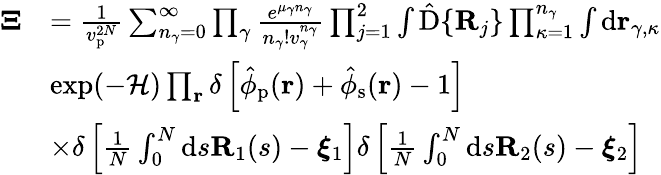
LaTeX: \begin{array}{rl}{\boldsymbol{\Xi}}&{=\frac{1}{v_{\mathrm{p}}^{2N}}\sum_{n_{\gamma}=0}^{\infty}\prod_{\gamma}\frac{e^{\mu_{\gamma}n_{\gamma}}}{n_{\gamma}!v_{\gamma}^{n_{\gamma}}}\prod_{j=1}^{2}\int\mathrm{\hat{D}}\{ \mathbf{R}_{j}\} \prod_{\kappa=1}^{n_{\gamma}}\int\mathrm{d}\mathbf{r}_{\gamma,\kappa}}\\ &{\exp(-\mathcal{H})\prod_{\mathbf{r}}\delta\left[\hat{\phi}_{\mathrm{p}}(\mathbf{r})+\hat{\phi}_{\mathrm{s}}(\mathbf{r})-1\right]}\\ &{\times\delta\left[\frac{1}{N}\int_{0}^{N}\mathrm{d}s\mathbf{R}_{1}(s)-\boldsymbol{\xi}_{1}\right]\delta\left[\frac{1}{N}\int_{0}^{N}\mathrm{d}s\mathbf{R}_{2}(s)-\boldsymbol{\xi}_{2}\right]}\end{array}